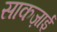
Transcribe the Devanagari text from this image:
साकज़ाई